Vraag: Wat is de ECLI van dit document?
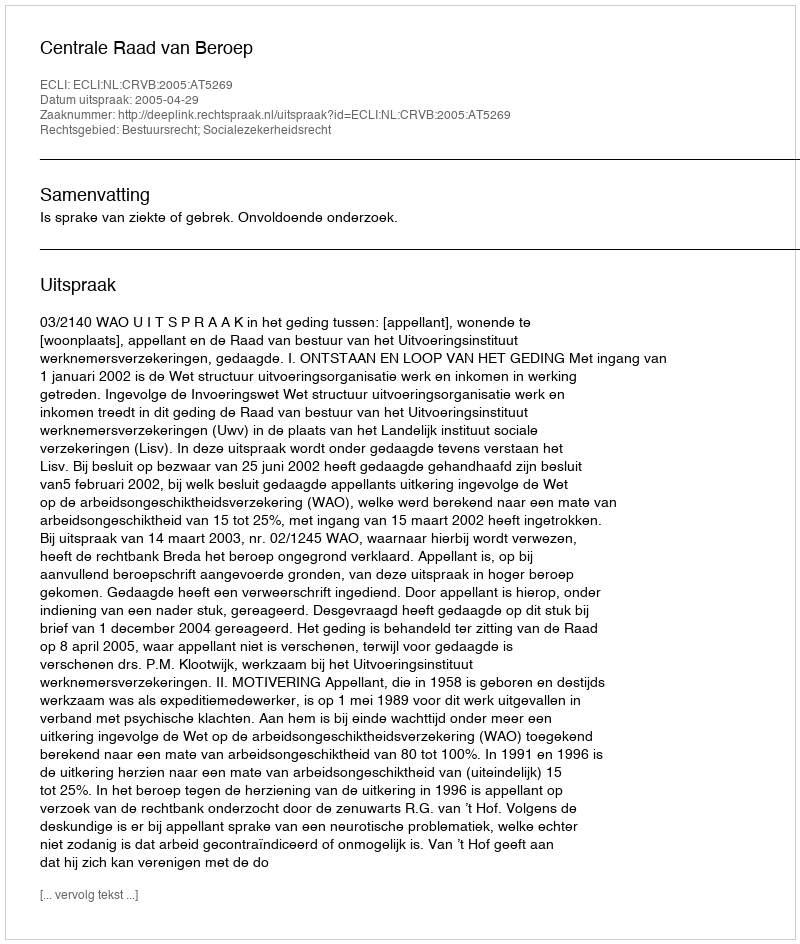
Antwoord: ECLI:NL:CRVB:2005:AT5269